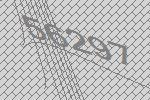
56297